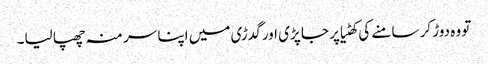
تو وہ دوڑ کر سامنے کی کھٹیا پر جا پڑی اور گدڑی میں اپنا سر منہ چھپا لیا۔